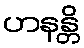
ဟနန္တိ